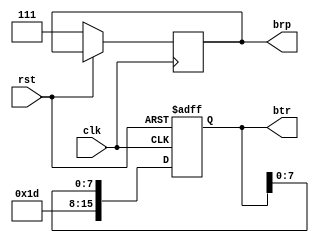
`timescale 1ns / 1ps
//////////////////////////////////////////////////////////////////////////////////
// Company: KLE Technological University
// 
// Design Name: 
// Module Name: can_bit_timing
// Project Name: 
// Target Devices: AMD ARTRIX-7
// Tool Versions: AMD VIVALDO
// Description: 
// 
// Dependencies: 
// 
// Revision:
// Revision 0.01 - File Created
// Additional Comments:
// 
//////////////////////////////////////////////////////////////////////////////////


module can_bit_timing #(
  parameter integer F_CPU = 100000000,  //CLK frequency (Hz)
  parameter integer BIT_RATE = 500000     //CAN bus bit rate (bps)
) (
  input clk,
  input rst,
  output reg [15:0] btr,  //Baud Rate Prescaler (BTR[15:10]) and SJW (BTR[9:8])
  output reg [2:0] brp   //Baud Rate Prescaler (BRP[2:0]) for MCP2515
);

integer sjw = 1;  //SJW(Synchronization Jump Width) - adjust(1-4)
integer brp_val;

integer NOMINAL_TQ = F_CPU / BIT_RATE;  // Nominal Time Quantum (in clock cycles)

always @(posedge clk or posedge rst) begin
  if (rst) begin
    btr <= 16'd0;
    end
  else begin
    // Calculate BTR based on desired bit rate and system clock
    NOMINAL_TQ = F_CPU / BIT_RATE;  // Calculate NOMINAL_TQ
    brp_val = NOMINAL_TQ > 0 ? NOMINAL_TQ - 1 : 0;  // Ensure positive BRP_VAL

    // Ensure BRP doesn't exceed limits
    brp_val = (brp_val > (F_CPU / 10000) - 1) ? (F_CPU / 10000) - 1 : brp_val;  // MCP2515 BRP range (1-64)

    // Extract BRP for MCP2515 (3 bits) and configure BTR register
    brp = brp_val[2:0];  // Assign BRP to wire on first positive clock edge after reset
    btr[15:10] = brp_val[7:0];  // BRP value for registers (might not be used for MCP2515)
    btr[9:8] = sjw;             // SJW value for registers
  end
end
endmodule